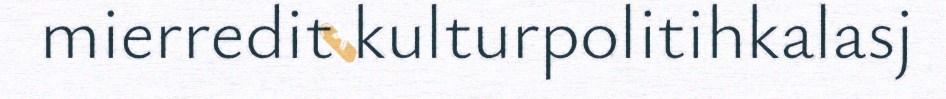
mierredit kulturpolitihkalasj